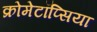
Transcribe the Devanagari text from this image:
क्रोमेटॉप्सिया